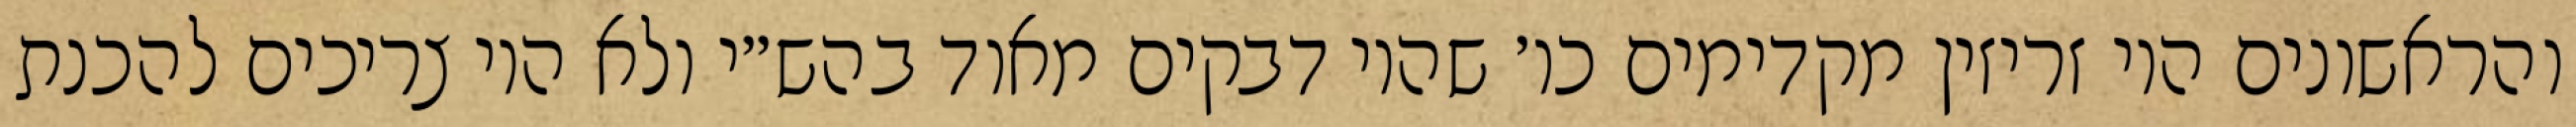
והראשונים היו זריזין מקדימים כו׳ שהיו דבקים מאוד בהש״י ולא היו צריכים להכנת